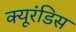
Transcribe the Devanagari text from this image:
क्यूरंडिस